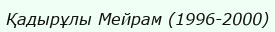
Қадырұлы Мейрам (1996-2000)